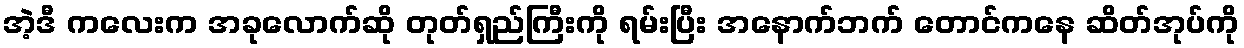
အဲ့ဒီ ကလေးက အခုလောက်ဆို တုတ်ရှည်ကြီးကို ရမ်းပြီး အနောက်ဘက် တောင်ကနေ ဆိတ်အုပ်ကို